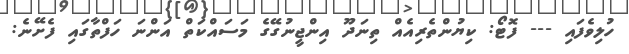
ހުލިވެފައި --- ފޮޓޯ: ކިޔުންތެރިއެއް ތިނަދޫ އިންޖީނުގޭގެ މަސައްކަތް އަންނަ ހަފްތާގައި ފެށޭނެ: